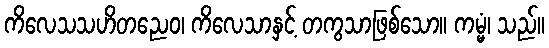
ကိလေသသဟိတညေဝ၊ ကိလေသာနှင့် တကွသာဖြစ်သော။ ကမ္မံ၊ သည်။